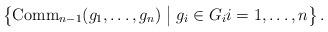
LaTeX: \begin{align*}\left\{\operatorname{Comm}_{n-1}(g_1,\ldots,g_n) \bigm\vert g_i \in G_i i=1,\ldots,n\right\}.\end{align*}